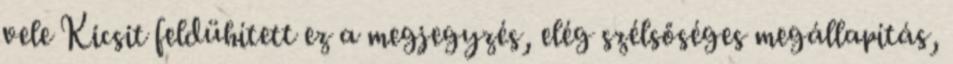
vele Kicsit feldühített ez a megjegyzés, elég szélsőséges megállapítás,